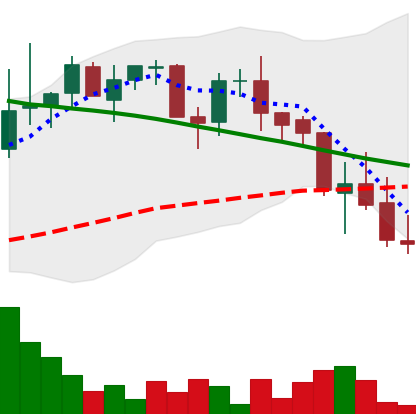
Ticker: LINK-USD
Chart end date: 2018-09-09
Forward return: 12.162%
Label: up_7plus